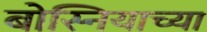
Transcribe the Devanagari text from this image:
बोस्नियाच्या